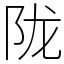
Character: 陇